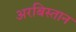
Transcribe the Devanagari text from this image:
अरबिस्तान